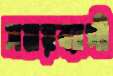
সময়ব্যাপী